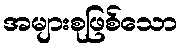
အများစုဖြစ်သော